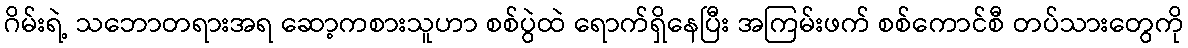
ဂိမ်းရဲ့ သဘောတရားအရ ဆော့ကစားသူဟာ စစ်ပွဲထဲ ရောက်ရှိနေပြီး အကြမ်းဖက် စစ်ကောင်စီ တပ်သားတွေကို